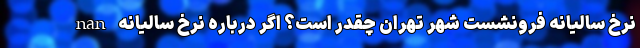
nan نرخ سالیانه فرونشست شهر تهران چقدر است؟ اگر درباره نرخ سالیانه